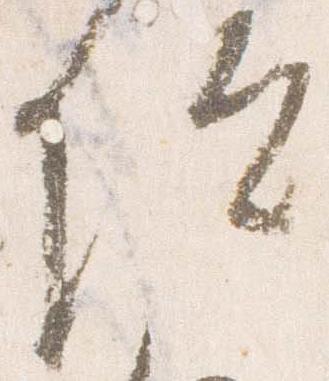
院